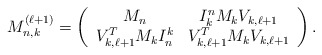
\begin{align*}M_{n,k}^{(\ell+1)} = \left( \begin{array}{cc}M_n & I_k^nM_kV_{k,\ell+1} \\V_{k,\ell+1}^TM_kI_n^k & V_{k,\ell+1}^TM_kV_{k,\ell+1}\end{array}\right).\end{align*}